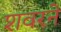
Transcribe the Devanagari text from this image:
शवरने